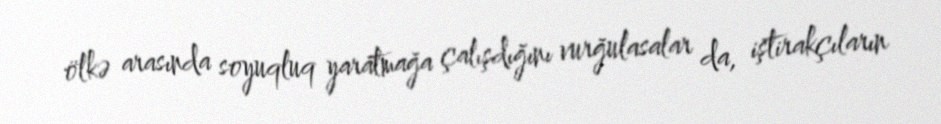
ölkə arasında soyuqluq yaratmağa çalışdığını vurğulasalar da, iştirakçıların